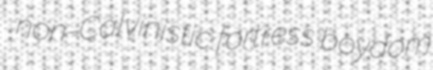
non-Calvinistic fortress boydom